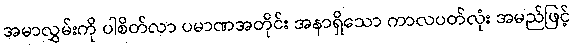
အမာလွှမ်းကို ပါစိတ်လာ ပမာဏအတိုင်း အနာရှိသော ကာလပတ်လုံး အမည်ဖြင့်